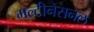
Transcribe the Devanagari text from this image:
मल्टीनेसनल